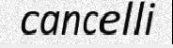
cancelli